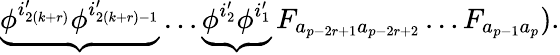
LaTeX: \underbrace{\phi^{i_{2(k+r)}^{\prime}}\phi^{i_{2(k+r)-1}^{\prime}}}\ldots\underbrace{\phi^{i_{2}^{\prime}}\phi^{i_{1}^{\prime}}}F_{a_{p-2r+1}a_{p-2r+2}}\ldots F_{a_{p-1}a_{p}}).